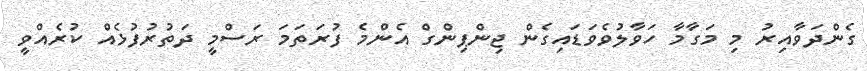
ގެންދަވާއިރު މި މަގާމާ ހަވާލުވެވަޑައިގެން ޖިންޕިންގް އެންމެ ފުރަތަމަ ރަސްމީ ދަތުރުފުޅެއް ކުރެއްވީ